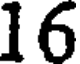
16